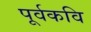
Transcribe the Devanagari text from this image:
पूर्वकवि